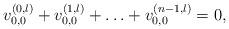
LaTeX: \begin{align*} v^{(0,l)}_{0,0}+v^{(1,l)}_{0,0}+\ldots+v^{(n-1,l)}_{0,0}=0,\end{align*}